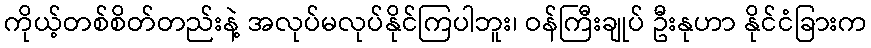
ကိုယ့်တစ်စိတ်တည်းနဲ့ အလုပ်မလုပ်နိုင်ကြပါဘူး၊ ဝန်ကြီးချုပ် ဦးနုဟာ နိုင်ငံခြားက